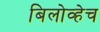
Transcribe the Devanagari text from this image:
बिलोव्हेच